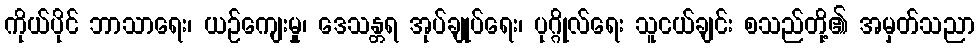
ကိုယ်ပိုင် ဘာသာရေး၊ ယဉ်ကျေးမှု၊ ဒေသန္တရ အုပ်ချုပ်ရေး၊ ပုဂ္ဂိုလ်ရေး သူငယ်ချင်း စသည်တို့၏ အမှတ်သညာ